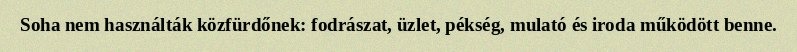
Soha nem használták közfürdőnek: fodrászat, üzlet, pékség, mulató és iroda működött benne.